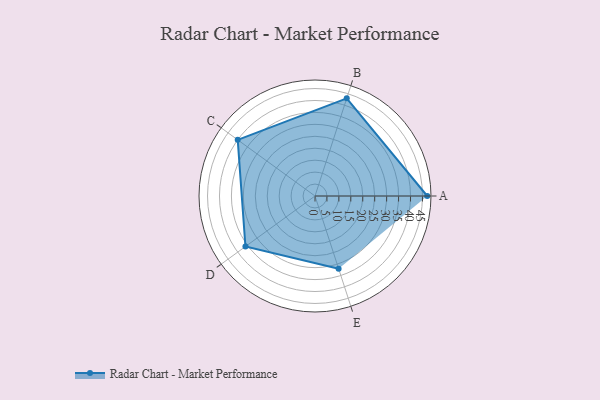
{"axis": {"x": "Skill", "y": "Score"}, "legend": ["Profile"], "data": [{"x": "A", "y": 47.0, "type": "Profile"}, {"x": "B", "y": 43.0, "type": "Profile"}, {"x": "C", "y": 40.0, "type": "Profile"}, {"x": "D", "y": 36.0, "type": "Profile"}, {"x": "E", "y": 32.0, "type": "Profile"}]}